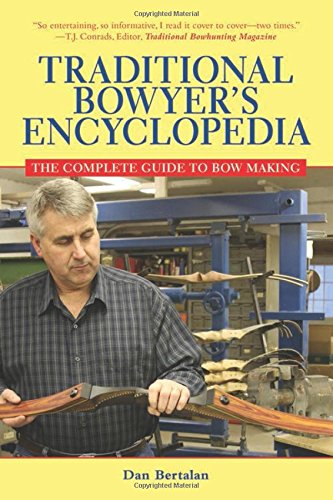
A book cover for Traditional Bowyer's Encyclopedia: The Complete Guide to Bow Making; Dan Bertalan; Sports & Outdoors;